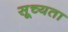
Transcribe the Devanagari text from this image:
सूच्यता